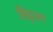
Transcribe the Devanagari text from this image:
सिंड्रला